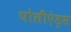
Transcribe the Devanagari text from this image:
पोलीएंड्रस